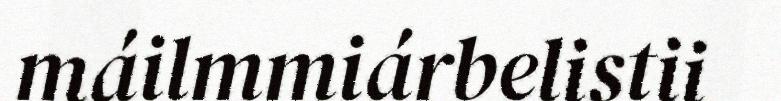
máilmmiárbelistii